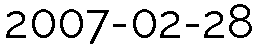
2007-02-28